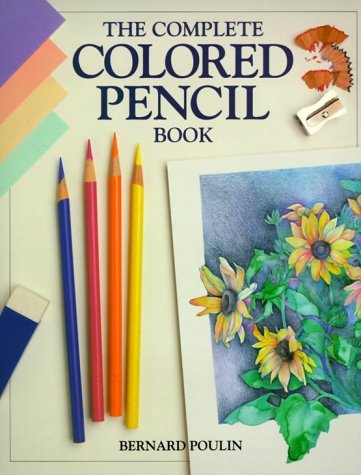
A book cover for The Complete Colored Pencil Book; Bernard Poulin; Arts & Photography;